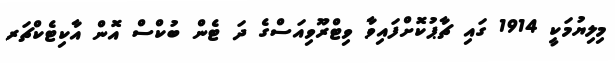
މިލިޔުމަކީ 1914 ގައި ޗާޕުކޮށްފައިވާ ވިޓްރޫވިއަސްގެ ދަ ޓެން ބުކްސް އޮން އާކިޓެކްޗަރ